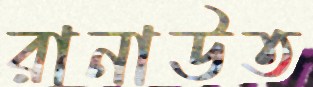
রানাউত